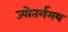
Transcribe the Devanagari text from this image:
ज्योतर्गमय